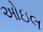
ઓઇલ